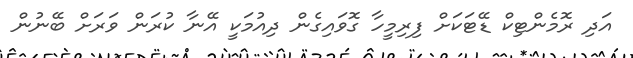
އަދި ރޮމެންޓިކް ޑޭޓަކަށް ފިރިމީހާ ގޮވައިގެން ދިއުމަކީ އޭނާ ކުރަން ވަރަށް ބޭނުން